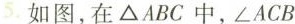
5.如图，在\triangle ABC中，\angle ACB